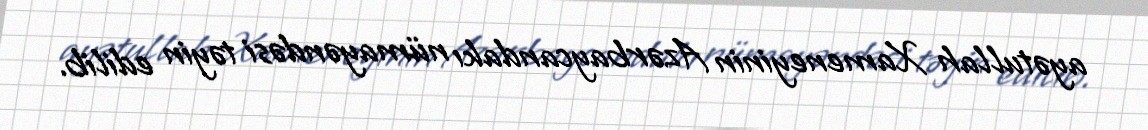
ayətullah Xameneyinin Azərbaycandakı nümayəndəsi təyin edilib.